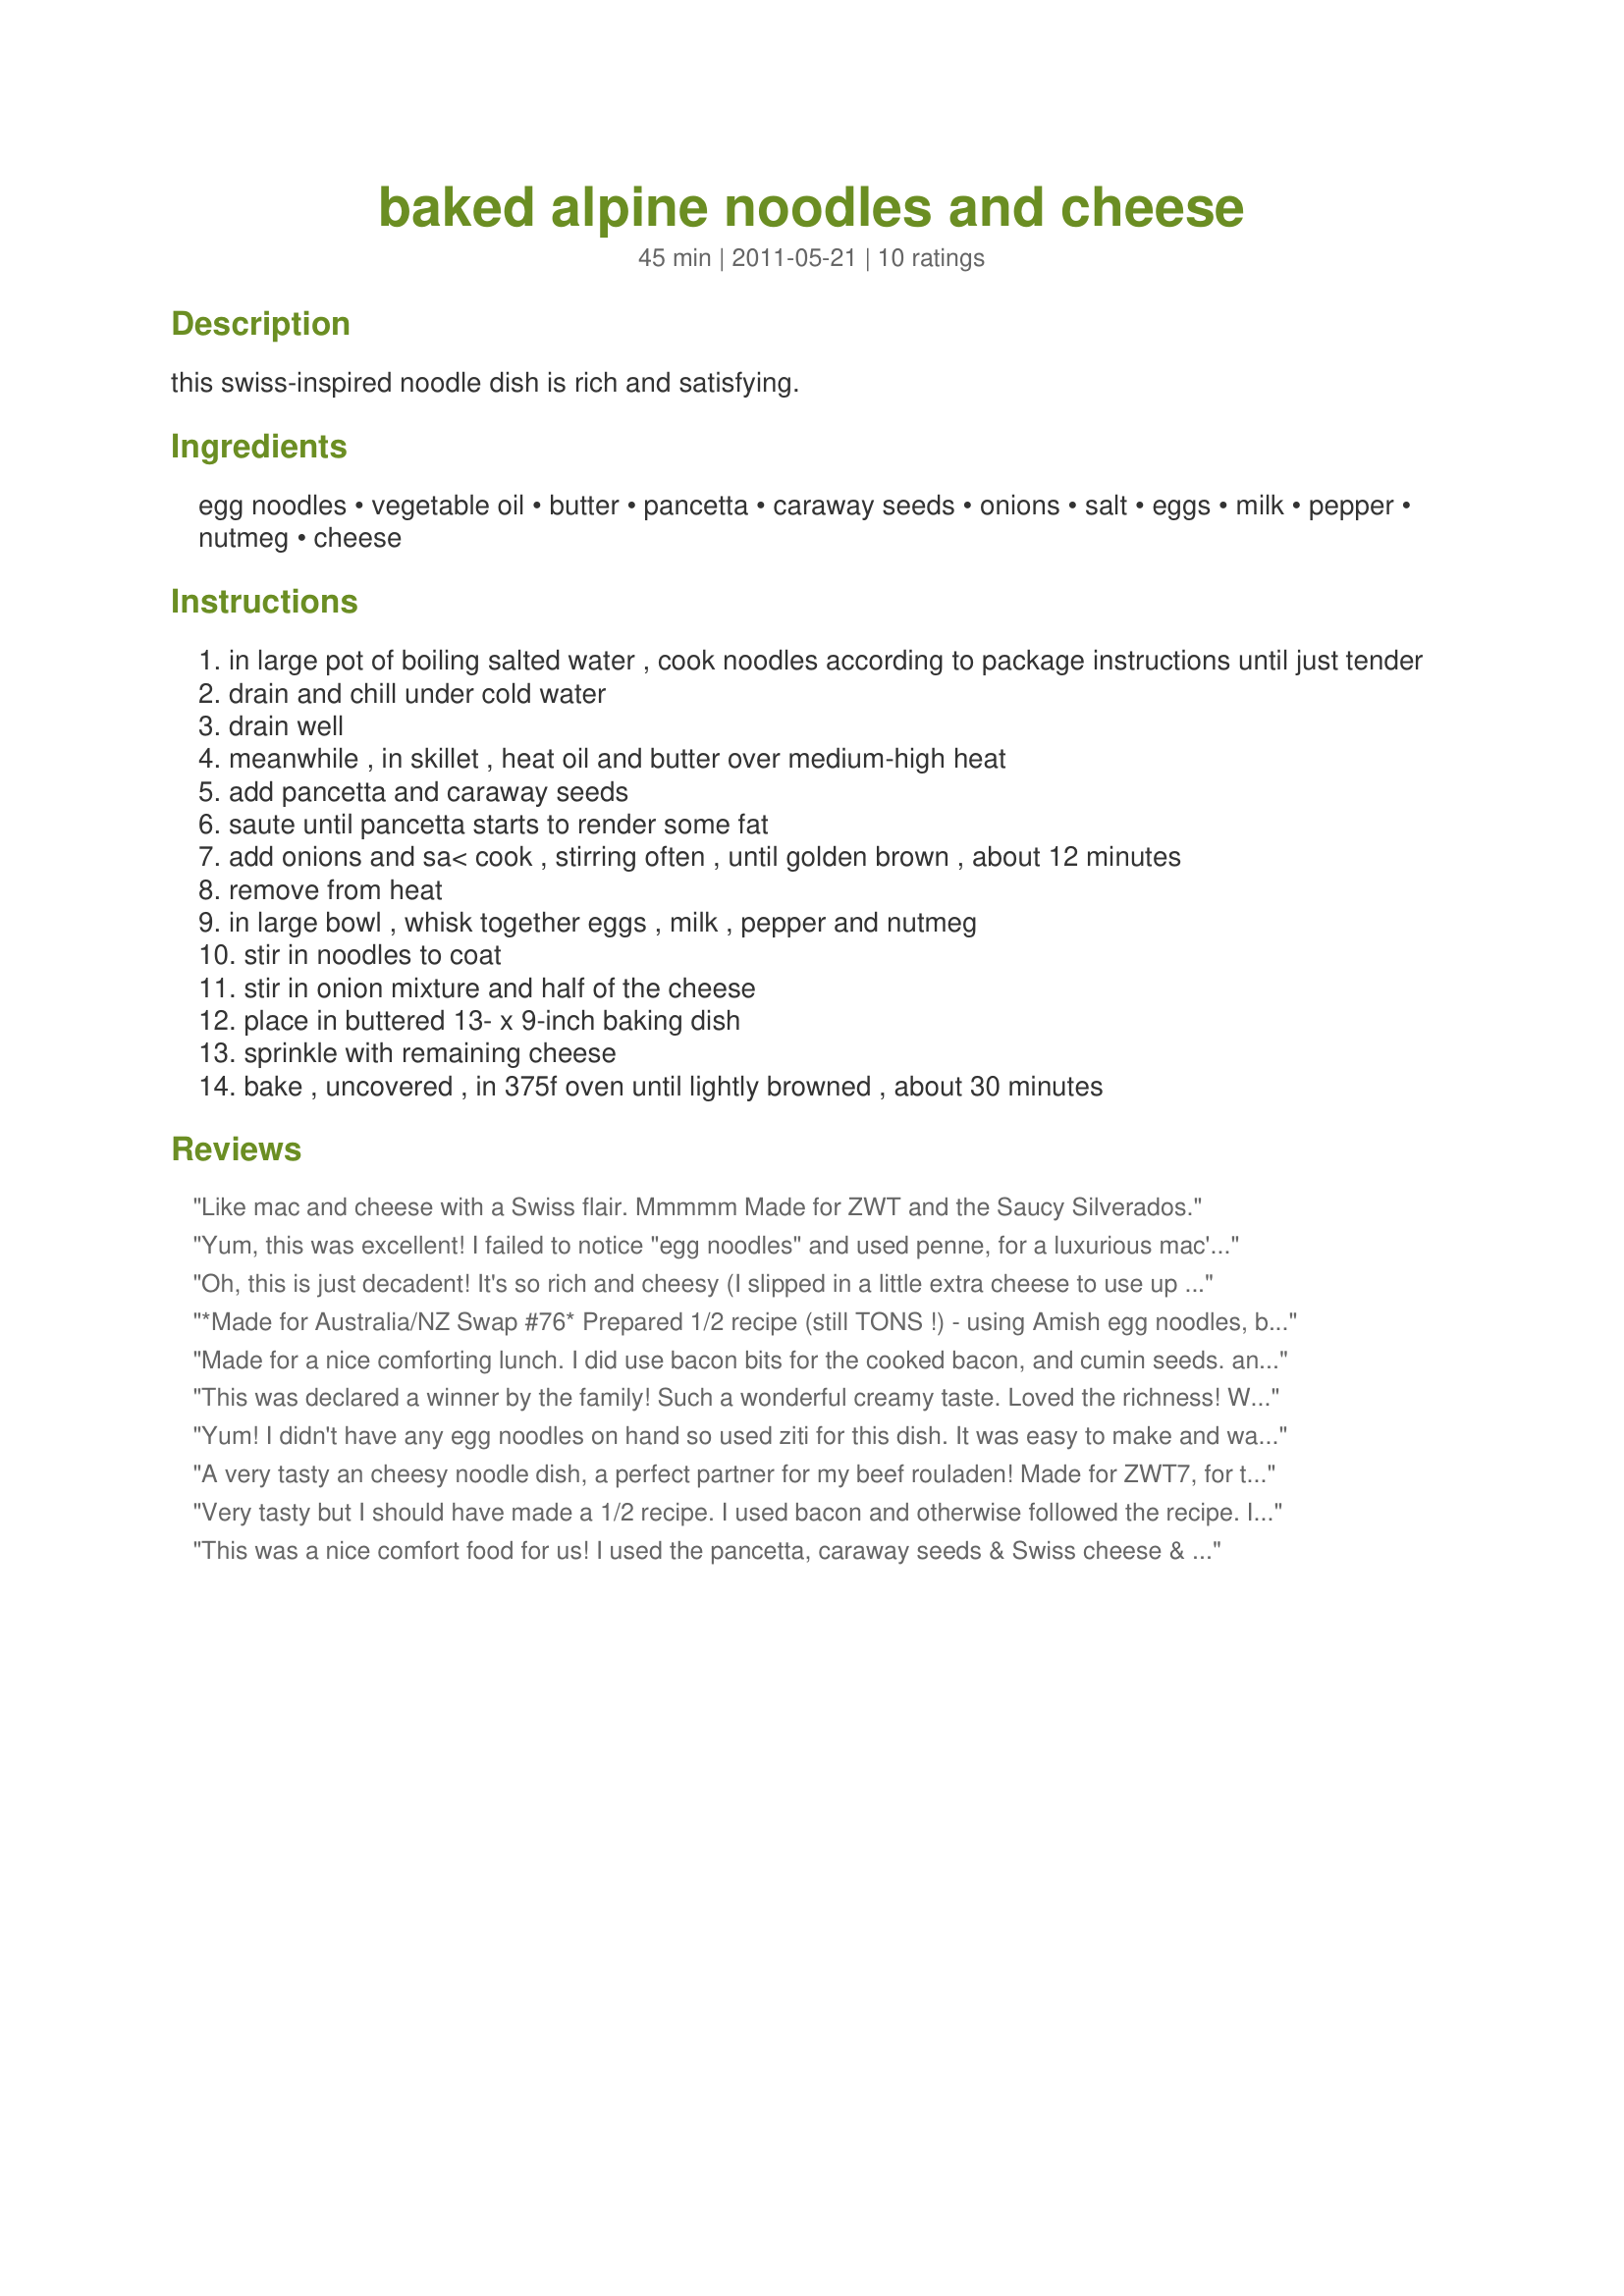
baked alpine noodles and cheese
Preparation time: 45 minutes

this swiss-inspired noodle dish is rich and satisfying.

Ingredients:
egg noodles, vegetable oil, butter, pancetta, caraway seeds, onions, salt, eggs, milk, pepper, nutmeg, cheese

Steps:
in large pot of boiling salted water , cook noodles according to package instructions until just tender
drain and chill under cold water
drain well
meanwhile , in skillet , heat oil and butter over medium-high heat
add pancetta and caraway seeds
saute until pancetta starts to render some fat
add onions and sa< cook , stirring often , until golden brown , about 12 minutes
remove from heat
in large bowl , whisk together eggs , milk , pepper and nutmeg
stir in noodles to coat
stir in onion mixture and half of the cheese
place in buttered 13- x 9-inch baking dish
sprinkle with remaining cheese
bake , uncovered , in 375f oven until lightly browned , about 30 minutes

Reviews:
Like mac and cheese with a Swiss flair. Mmmmm Made for ZWT and the Saucy Silverados.
Yum, this was excellent! I failed to notice "egg noodles" and used penne, for a luxurious mac'n"cheese, enjoyed this very much. I made plenty and so had a bit left, and I suspect that it will be a race between my husnband and my daughter to see who gets to the fridge first today! (If I was home, it would be me.... :) ) Thanks Lynn, lovely recipe!
Oh, this is just decadent! It's so rich and cheesy (I slipped in a little extra cheese to use up the small bit left over). I had to use turkey bacon as it's the only thing on hand but it still tasted grand. The servings are generous and will still be gobbled up. It's also no stress to put together and served with a simple salad with a very light dressing (I use lemon juice and a touch of salt) this makes a very satisfying dinner.
*Made for Australia/NZ Swap #76* Prepared 1/2 recipe (still TONS !) - using Amish egg noodles, bacon, and ementhal. I think pancetta would be more flavorful. Was nice and cheesy, but a tad dry. Will &quot;soup&quot; up the left-overs for another night. Nice different way for &quot;mac&amp;cheese&quot;. Thanks for posting Lynn.
Made for a nice comforting lunch. I did use bacon bits for the cooked bacon, and cumin seeds. and some shredded swiss cheese. We all enjoyed it, Made for I Recommend.
This was declared a winner by the family! Such a wonderful creamy taste. Loved the richness! Will make again and very soon! For ZWT7
Yum! I didn't have any egg noodles on hand so used ziti for this dish. It was easy to make and was really good and rich. I halved the recipe and wish I'd made more. Loved the caraway in this too. Thanks Lynn for yet another keeper. Made for ZWT7 for the Emerald City Shakers.
A very tasty an cheesy noodle dish, a perfect partner for my beef rouladen! Made for ZWT7, for the Witchin Kitchen.
Very tasty but I should have made a 1/2 recipe. I used bacon and otherwise followed the recipe. I used 1/2 lb Emmental. I loved the sauteed onions with the cheese.
This was a nice comfort food for us! I used the pancetta, caraway seeds & Swiss cheese & followed the recipe right on down! Will do this one again, for sure! Thanks for sharing it! [Made & reviewed in I Recommend recipe tag]
